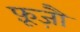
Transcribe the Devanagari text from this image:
फ़ूज़ौ